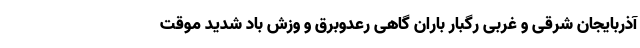
آذربایجان شرقی و غربی رگبار باران گاهی رعدوبرق و وزش باد شدید موقت